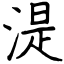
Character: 湜